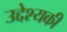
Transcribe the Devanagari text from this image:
उद्देश्यकी